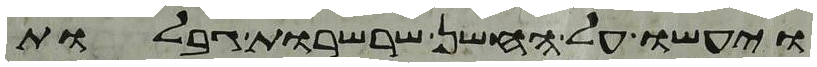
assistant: ויעשו על החשן שרשרות גבלות